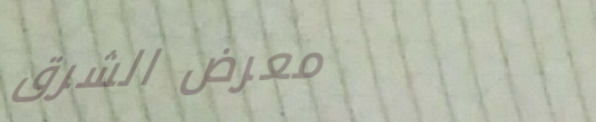
معرض الشرق